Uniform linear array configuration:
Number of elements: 12
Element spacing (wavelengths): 0.75
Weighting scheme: hann
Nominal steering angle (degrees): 0
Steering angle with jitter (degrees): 1.765
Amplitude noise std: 0.05
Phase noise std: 0.05

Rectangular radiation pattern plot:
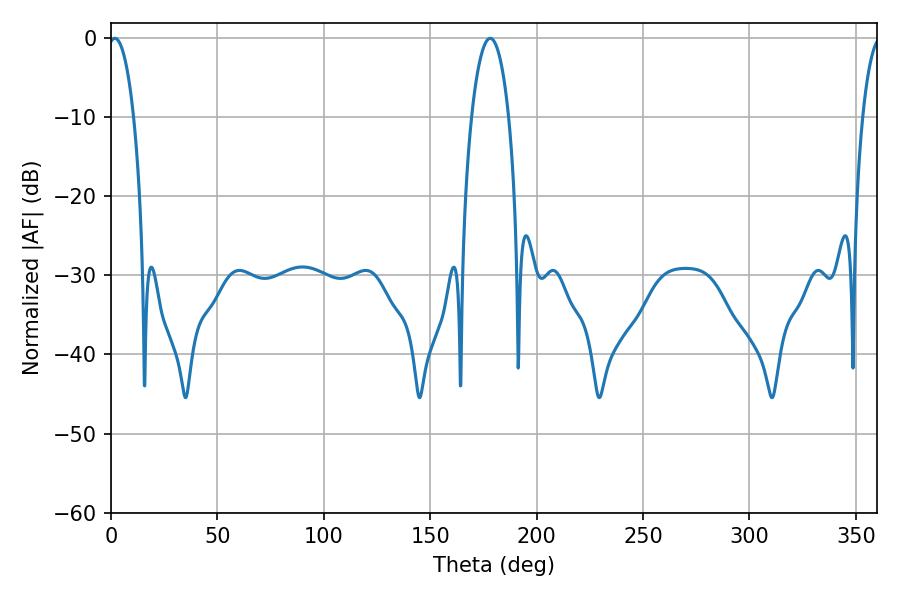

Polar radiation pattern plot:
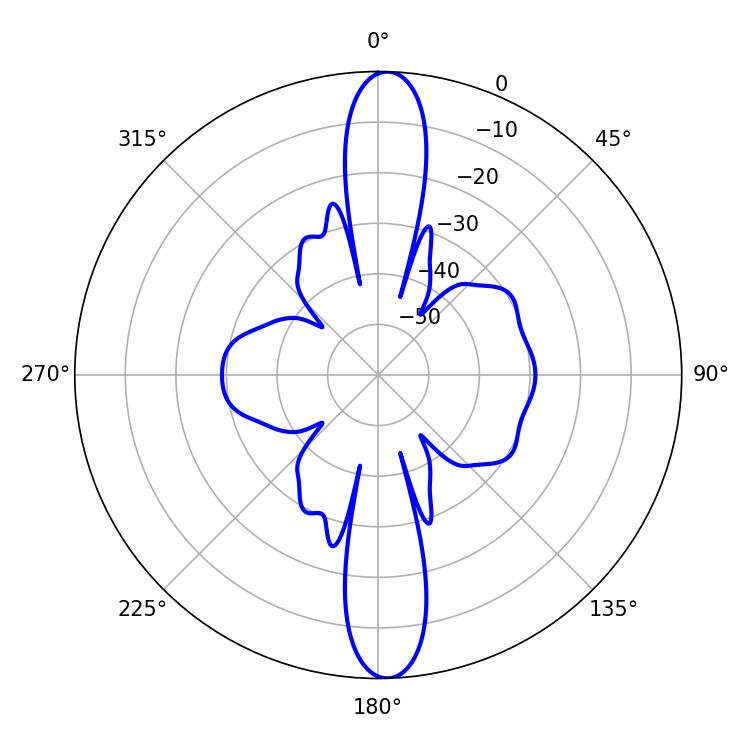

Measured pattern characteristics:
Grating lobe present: TRUE
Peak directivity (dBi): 22.19
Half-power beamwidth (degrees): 6.66
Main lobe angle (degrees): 1.8